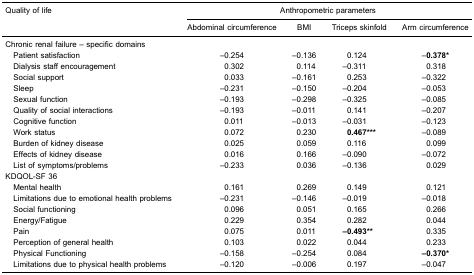
| <ROWSPAN=2> Quality of life | <COLSPAN=4> Anthropometric parameters |
 | Abdominal circumference | BMI | Triceps skinfold | Arm circumference |
 | --- | --- | --- | --- | --- |
 | <COLSPAN=5> Chronic renal failure – specific domains |
 | Patient satisfaction | −0.254 | −0.136 | 0.124 | −0.378* |
 | Dialysis staff encouragement | 0.302 | 0.114 | −0.311 | 0.318 |
 | Social support | 0.033 | −0.161 | 0.253 | −0.322 |
 | Sleep | −0.231 | −0.150 | −0.204 | −0.053 |
 | Sexual function | −0.193 | −0.298 | −0.325 | −0.085 |
 | Quality of social interactions | −0.193 | −0.011 | 0.141 | −0.207 |
 | Cognitive function | 0.011 | −0.013 | −0.031 | −0.123 |
 | Work status | 0.072 | 0.230 | 0.467*** | −0.089 |
 | Burden of kidney disease | 0.025 | 0.059 | 0.116 | 0.099 |
 | Effects of kidney disease | 0.016 | 0.166 | −0.090 | −0.072 |
 | List of symptoms/problems | −0.233 | 0.036 | −0.136 | 0.029 |
 | <COLSPAN=5> KDQOL-SF 36 |
 | Mental health | 0.161 | 0.269 | 0.149 | 0.121 |
 | Limitations due to emotional health problems | −0.231 | −0.146 | −0.019 | −0.018 |
 | Social functioning | 0.096 | 0.051 | 0.165 | 0.266 |
 | Energy/Fatigue | 0.229 | 0.354 | 0.282 | 0.044 |
 | Pain | 0.075 | 0.011 | −0.493** | 0.335 |
 | Perception of general health | 0.103 | 0.022 | 0.044 | 0.233 |
 | Physical Functioning | −0.158 | −0.254 | 0.084 | −0.370* |
 | Limitations due to physical health problems | −0.120 | −0.006 | 0.197 | −0.047 |